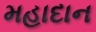
મહાદાન